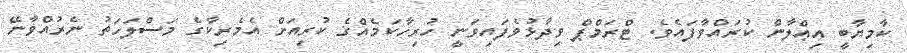
ކާމިޔާބީ އިޢްލާން ކުރައްވާފައެވެ. ޓްރަމްޕް ވިދާޅުވެފައިވަނީ ހުރިހާކަމެއްގެ ކުރިއަށް އެމެރިކާގެ މަސްލަހަތު ނެރުއްވާނޭ